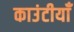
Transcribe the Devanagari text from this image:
काउंटीयाँ